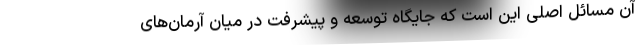
آن مسائل اصلی این است که جایگاه توسعه و پیشرفت در میان آرمان‌های